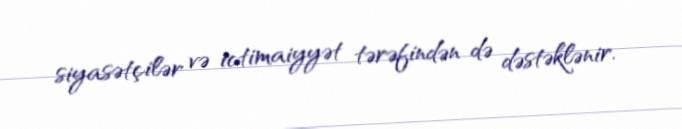
siyasətçilər və ictimaiyyət tərəfindən də dəstəklənir.